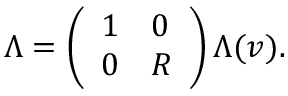
\Lambda = \left( \begin{array} { l l } { 1 } & { 0 } \\ { 0 } & { R } \end{array} \right) \Lambda ( v ) .